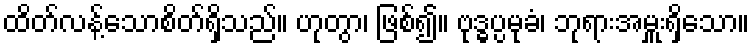
ထိတ်လန့်သောစိတ်ရှိသည်။ ဟုတွာ၊ ဖြစ်၍။ ဗုဒ္ဓပ္ပမုခံ၊ ဘုရားအမှူးရှိသော။